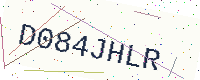
Text: D084JHLR